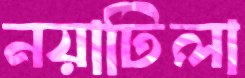
নয়াটিলা